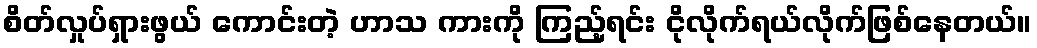
စိတ်လှုပ်ရှားဖွယ် ကောင်းတဲ့ ဟာသ ကားကို ကြည့်ရင်း ငိုလိုက်ရယ်လိုက်ဖြစ်နေတယ်။